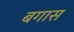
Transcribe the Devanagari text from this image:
बगास